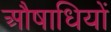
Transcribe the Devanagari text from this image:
औषाधियों